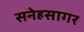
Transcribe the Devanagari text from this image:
सनेहसागर